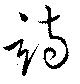
詩